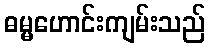
ဓမ္မဟောင်းကျမ်းသည်